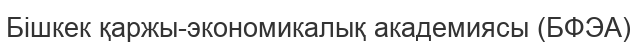
Бішкек қаржы-экономикалық академиясы (БФЭА)